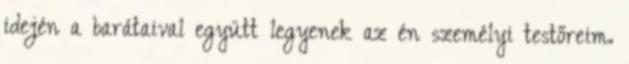
idején a barátaival együtt legyenek az én személyi testőreim.